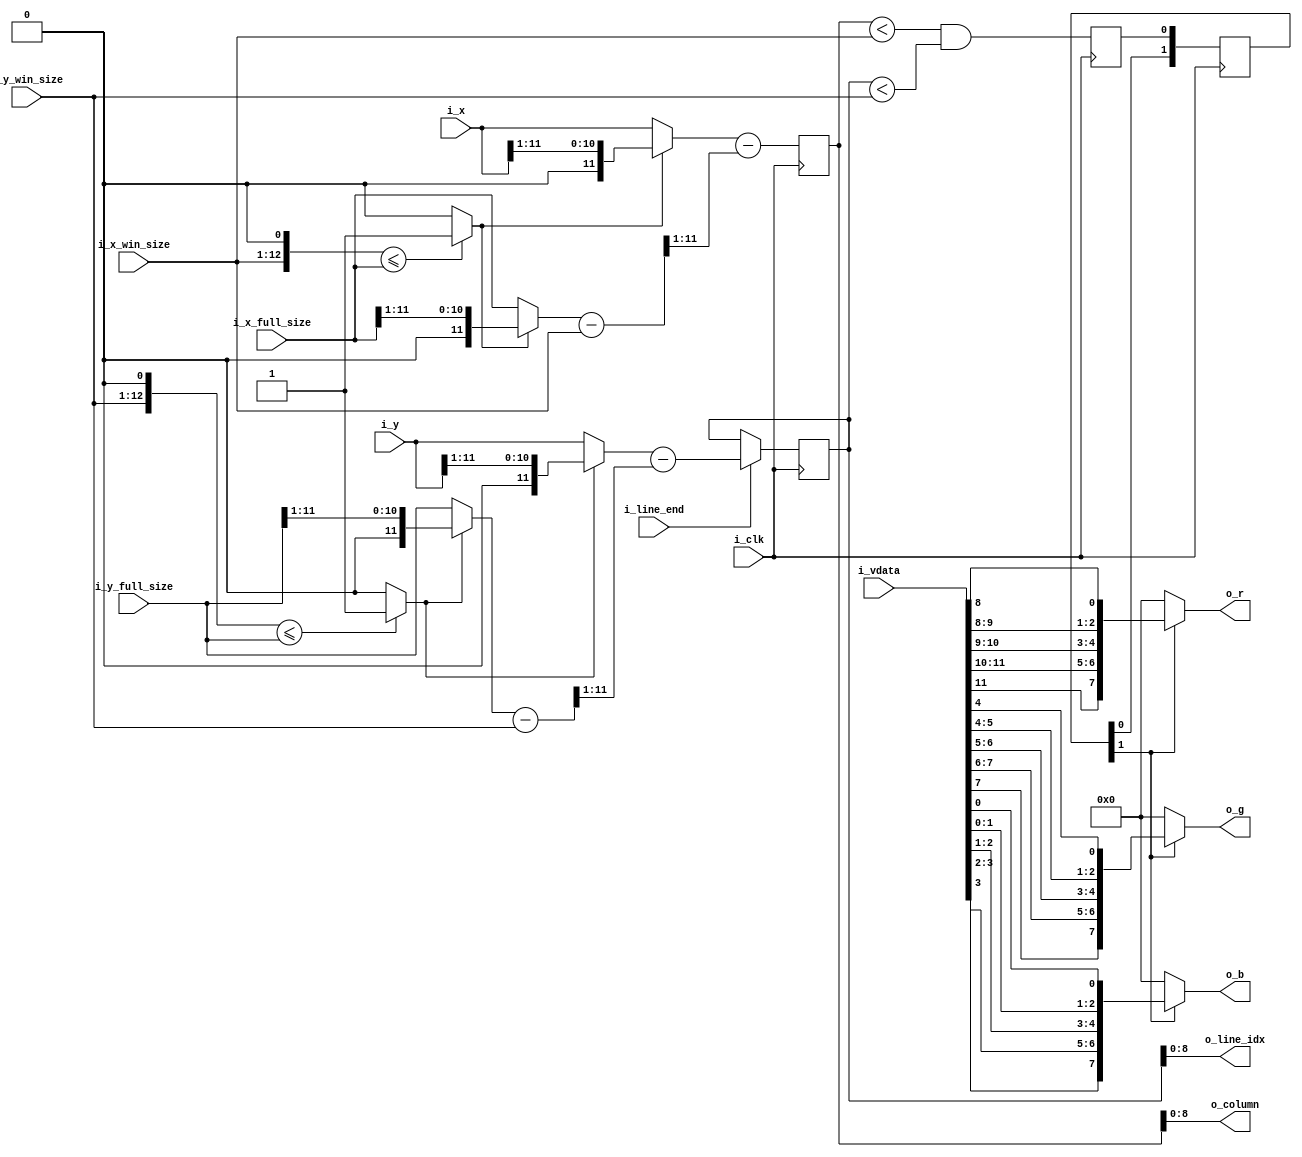
module video_uni
(
	input		wire			i_clk,
	input		wire[11:0]	i_x_full_size,
	input		wire[11:0]	i_y_full_size,
	input		wire[11:0]	i_x_win_size,
	input		wire[11:0]	i_y_win_size,
	input		wire[11:0]	i_x,
	input		wire[11:0]	i_y,
	input		wire			i_line_end,
	input		wire[11:0]	i_vdata,
	output	wire[8:0]	o_line_idx,
	output	wire[8:0]	o_column,
	output	wire[7:0]	o_r,
	output	wire[7:0]	o_g,
	output	wire[7:0]	o_b
);

	localparam[11:0]	SCREEN_RES_X_NORM = 12'd384;
	localparam[11:0]	SCREEN_RES_X_WIDE = 12'd512;
	localparam[11:0]	SCREEN_RES_Y		= 12'd256;

	wire[11:0]	w_x_size = i_x_win_size;
	wire[11:0]	w_y_size = i_y_win_size;

	wire		w_x_is_double = ({ w_x_size, 1'b0 } <= { 1'b0, i_x_full_size }) ? 1'b1 : 1'b0;
	wire		w_y_is_double = ({ w_y_size, 1'b0 } <= { 1'b0, i_y_full_size }) ? 1'b1 : 1'b0;

	wire[11:0]	w_x = w_x_is_double ? { 1'b0, i_x[11:1] } : i_x;
	wire[11:0]	w_y = w_y_is_double ? { 1'b0, i_y[11:1] } : i_y;
	wire[11:0]	w_x_active = w_x_is_double ? { 1'b0, i_x_full_size[11:1] } : i_x_full_size;
	wire[11:0]	w_y_active = w_y_is_double ? { 1'b0, i_y_full_size[11:1] } : i_y_full_size;

	wire[11:0]	w_x_border2 = w_x_active - w_x_size;
	wire[11:0]	w_x_border = { 1'b0, w_x_border2[11:1] };
	wire[11:0]	w_y_border2 = w_y_active - w_y_size;
	wire[11:0]	w_y_border = { 1'b0, w_y_border2[11:1] };

	wire[11:0]	w_x_actual = w_x - w_x_border;
	wire[11:0]	w_y_actual = w_y - w_y_border;

	reg[11:0]	r_y;
	reg[11:0]	r_x;
	//reg[11:0]	r_x_pre;
	//reg			r_x_is_active, r_y_is_active;
	
	wire			w_x_is_active = (r_x < w_x_size);
	wire			w_y_is_active = (r_y < w_y_size);
	wire			w_is_active = w_x_is_active & w_y_is_active;
	reg			r_is_active;

	always @(posedge i_clk)
	begin
		r_x <= w_x_actual;
		//r_x_pre <= w_x_actual + 3'd7;
		//r_x_is_active <= w_x_is_active;
		//r_y_is_active <= w_y_is_active;
		if (i_line_end == 1'b1)
		begin
			r_y <= w_y_actual;
		end
		r_is_active <= w_is_active;
	end
	
	/* add a data delay - SRAM have a delay a 2 cycles */
	reg[4:0] r_active_pipe;
	always @(posedge i_clk)
	begin
		r_active_pipe <= { r_active_pipe[3:0], r_is_active };
	end

	wire w_active = r_active_pipe[1];

	assign o_line_idx = r_y[8:0];
	assign o_column = r_x[8:0];

	assign o_r = w_active ? { {2{i_vdata[11]}},  {2{i_vdata[10]}},  {2{i_vdata[9]}},  {2{i_vdata[8]}} } : 8'b0;
	assign o_g = w_active ? { {2{i_vdata[7]}},   {2{i_vdata[6]}},   {2{i_vdata[5]}},  {2{i_vdata[4]}} } : 8'b0;
	assign o_b = w_active ? { {2{i_vdata[3]}},   {2{i_vdata[2]}},   {2{i_vdata[1]}},  {2{i_vdata[0]}} } : 8'b0;

endmodule